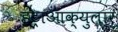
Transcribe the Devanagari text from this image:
इंट्राआक्युलार